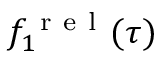
f _ { 1 } ^ { \mathrm { ~ r ~ e ~ l ~ } } ( \tau )